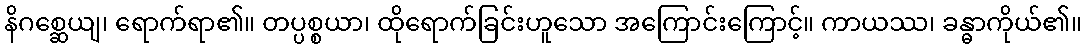
နိဂစ္ဆေယျ၊ ရောက်ရာ၏။ တပ္ပစ္စယာ၊ ထိုရောက်ခြင်းဟူသော အကြောင်းကြောင့်။ ကာယဿ၊ ခန္ဓာကိုယ်၏။